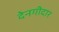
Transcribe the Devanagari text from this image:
देनगीदार